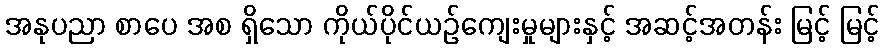
အနုပညာ စာပေ အစ ရှိသော ကိုယ်ပိုင်ယဉ်ကျေးမှုများနှင့် အဆင့်အတန်း မြင့် မြင့်